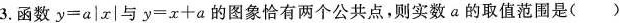
3.函数$$y = a \left | x \right |$$与$$y = x + a$$的图象恰有两个公共点，则实数a的取值范围是（）